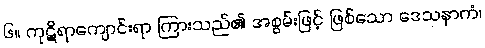
၆။ ကုဋိရာကျောင်းရာ ကြားသည်၏ အစွမ်းဖြင့် ဖြစ်သော ဒေသနာကံ၊